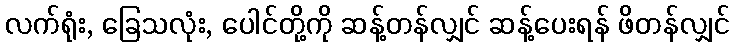
လက်ရုံး, ခြေသလုံး, ပေါင်တို့ကို ဆန့်တန်လျှင် ဆန့်ပေးရန် ဖိတန်လျှင်